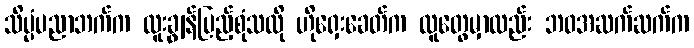
သိပ္ပံပညာဘက်က ထူးချွန်ပြည့်စုံသလို ဟိုရှေးခေတ်က လူတွေမှာလည်း ဘဝအဆက်ဆက်က